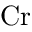
\mathrm { C r }